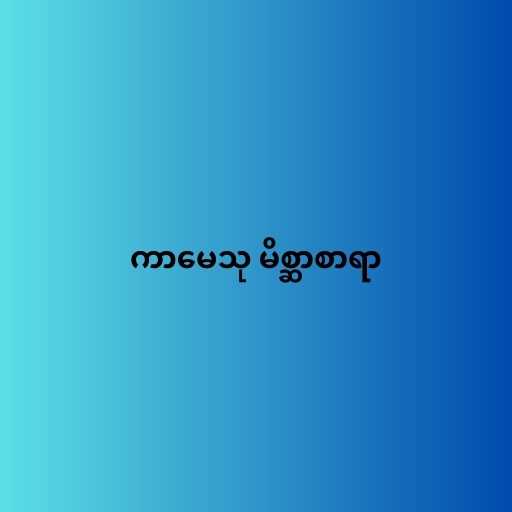
ကာမေသု မိစ္ဆာစာရာ